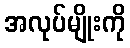
အလုပ်မျိုးကို